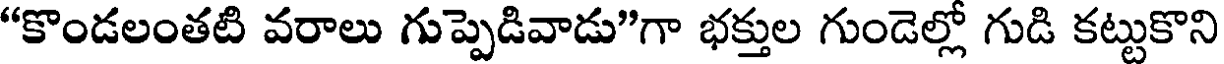
"కొండలంతటి వరాలు గుప్పెడివాడు"గా భక్తుల గుండెల్లో గుడి కట్టుకొని